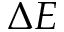
\Delta E